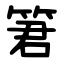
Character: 䇹